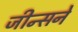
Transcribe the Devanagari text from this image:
जीन्सने